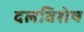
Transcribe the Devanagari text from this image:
दलविशेष